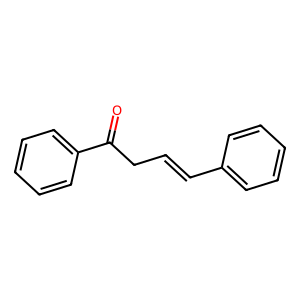
SMILES: O=C(CC=Cc1ccccc1)c1ccccc1
Inhibits HIV replication: No